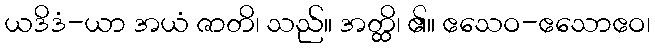
ယဒိဒံ-ယာ အယံ ဇာတိ၊ သည်။ အတ္ထိ၊ ၏။ ဧသေဝ-ဧသောဧဝ၊